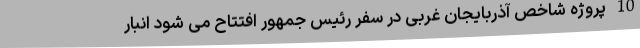
10 پروژه شاخص آذربایجان غربی در سفر رئیس جمهور افتتاح می شود انبار